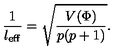
\frac { 1 } { l _ { \mathrm { e f f } } } = \sqrt { \frac { V ( \Phi ) } { p ( p + 1 ) } } .